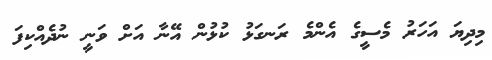
މިދިޔަ އަހަރު މެސީގެ އެންމެ ރަނގަޅު ކުޅުން އޭނާ އަށް ވަނީ ނުދެއްކިފަ